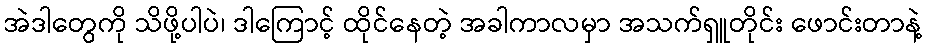
အဲဒါတွေကို သိဖို့ပါပဲ၊ ဒါကြောင့် ထိုင်နေတဲ့ အခါကာလမှာ အသက်ရှူတိုင်း ဖောင်းတာနဲ့